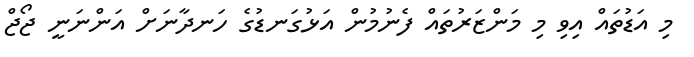
މި އަޑުތައް އިވި މި މަންޒަރުތައް ފެނުމުން އަޅުގަނޑުގެ ހަނދާނަށް އަންނަނީ ޖޯޖް